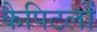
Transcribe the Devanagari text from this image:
कैपिटलों